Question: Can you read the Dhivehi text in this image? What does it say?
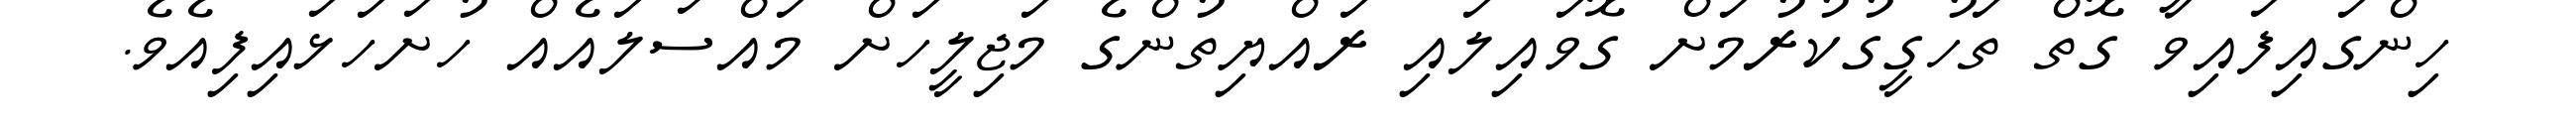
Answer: ހިންގައިފައިވާ ގޮތް ތަހުގީގުކުރުމަށް ގޮވައިލައި ރައްޔިތުންގެ މަޖިލީހަށް މައްސަލައެއް ހުށަހަޅައިފިއެވެ.